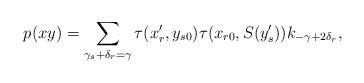
LaTeX: \begin{align*}p(xy)=\sum_{\gamma_s+\delta_r=\gamma}\tau(x'_r,y_{s0})\tau(x_{r0},S(y'_s))k_{-\gamma+2\delta_r},\end{align*}